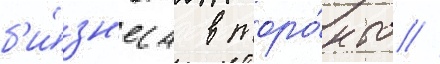
б'и́зн'еса в торо́нто //